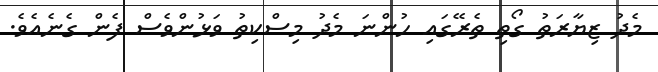
މެދު ޒިޔާރަތު ގޯތި ތެރޭގައި ހުންނަ މެދު މިސްކިތު ވަޅުންވެސް ފެން ގެނެއެވެ.